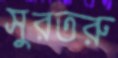
সুরতরু